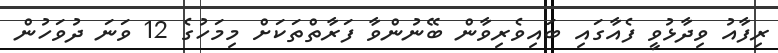
ރިފާއު ވިދާޅުވީ ފެއާގައި ބައިވެރިވާން ބޭނުންވާ ފަރާތްތަކަށް މިމަހުގެ 12 ވަނަ ދުވަހުން